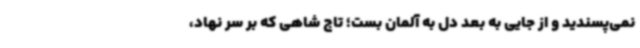
نمی‌پسندید و از جایی به بعد دل به آلمان بست؛ تاج شاهی که بر سر نهاد،